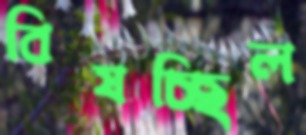
বিষচ্ছিল